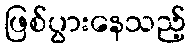
ဖြစ်ပွားနေသည့်